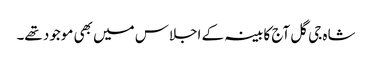
شاہ جی گل آج کابینہ کے اجلاس میں بھی موجود تھے۔